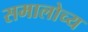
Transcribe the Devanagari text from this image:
समालोच्य